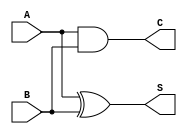
module HA (
	input A,
	input B,
	output S,
	output C
);
xor (S, A, B);
and (C, A, B);
endmodule